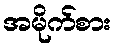
အမိုက်စား